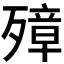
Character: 𰚁